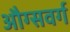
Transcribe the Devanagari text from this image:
औग्सवर्ग